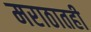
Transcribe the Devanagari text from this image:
मराठातही